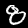
Label: 8